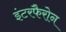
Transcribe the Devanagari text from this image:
इंटरफैरोन